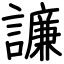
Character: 譧